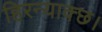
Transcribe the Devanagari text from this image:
हिरन्याक्छ।